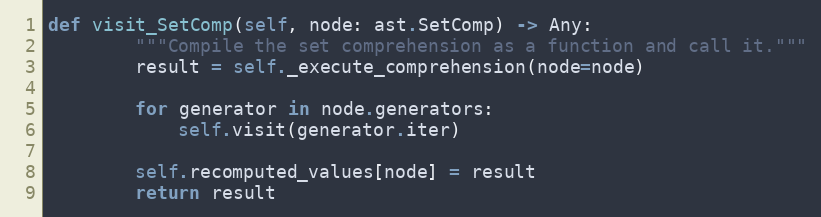
Language: Python
def visit_SetComp(self, node: ast.SetComp) -> Any:
        """Compile the set comprehension as a function and call it."""
        result = self._execute_comprehension(node=node)

        for generator in node.generators:
            self.visit(generator.iter)

        self.recomputed_values[node] = result
        return result